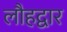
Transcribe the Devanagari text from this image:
लौहद्वार